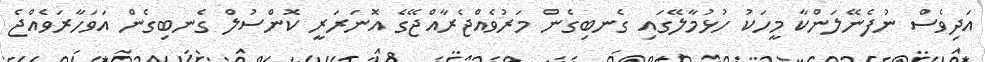
އަދިވެސް ނުފެނޭލަންކާ މީހަކު ހުޅުމާލޭގައި ގެނބިގެން މަރުވެއްޖެރާއްޖޭގެ އޮނަރަރީ ކޮންސުލް ގެނބިގެން އަވަހާރަވެއްޖެ